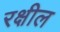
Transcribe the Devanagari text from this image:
रक्षील